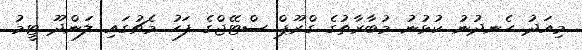
މިއަދު ހެނދުނު ކުޅުނު މުބާރާތުގެ ގްރޫޕް ސްޓޭޖްގެ ފަހު މެޗުގައި ލަންދޫ ޓީމު